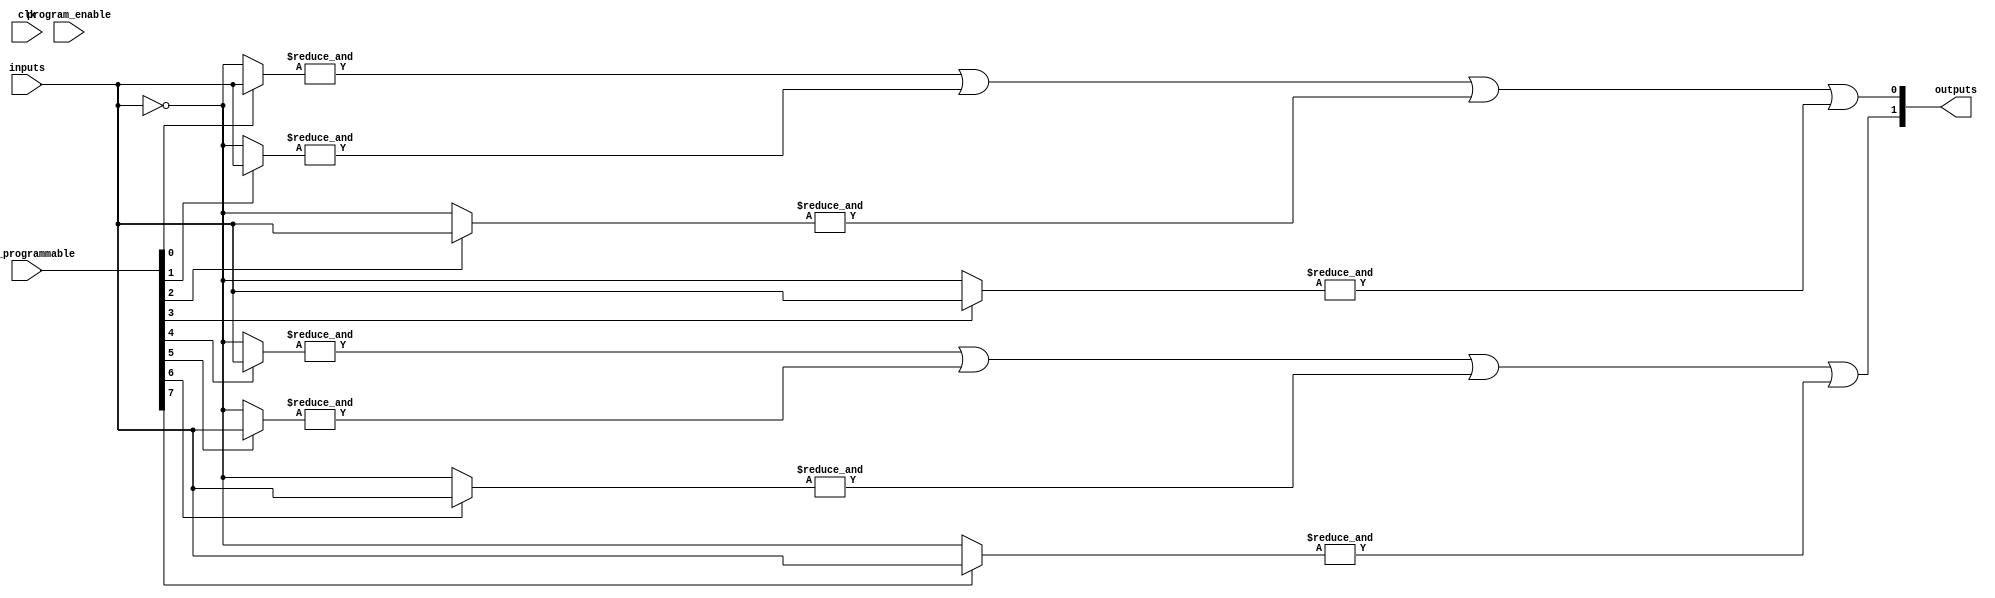
module flash_programmable_pal #(
    parameter NUM_INPUTS = 4, // Number of input lines (A, B, C, D)
    parameter NUM_AND_GATES = 8, // Number of programmable AND gates
    parameter NUM_OUTPUTS = 2 // Number of output lines (Y1, Y2)
)(
    input wire [NUM_INPUTS-1:0] inputs, // Input lines (A, B, C, D)
    input wire [NUM_AND_GATES-1:0] and_programmable, // Programming signals for AND gates
    input wire clk, // Clock signal for programming
    input wire program_enable, // Enable signal for programming
    output reg [NUM_OUTPUTS-1:0] outputs // Output lines (Y1, Y2)
);

    // Internal wires for AND gate outputs
    wire [NUM_AND_GATES-1:0] and_outputs;

    // Generate AND array
    genvar i;
    generate
        for (i = 0; i < NUM_AND_GATES; i = i + 1) begin : and_array
            wire [NUM_INPUTS-1:0] current_inputs;
            assign current_inputs = and_programmable[i] ? inputs : ~inputs; // Invert if programmed

            assign and_outputs[i] = &current_inputs; // AND operation
        end
    endgenerate

    // Fixed OR array (example: 2 outputs from 8 AND gates)
    always @(*) begin
        outputs[0] = and_outputs[0] | and_outputs[1] | and_outputs[2] | and_outputs[3]; // Y1
        outputs[1] = and_outputs[4] | and_outputs[5] | and_outputs[6] | and_outputs[7]; // Y2
    end

    // Control Logic for Programming (basic example)
    always @(posedge clk) begin
        if (program_enable) begin
            // Logic for programming the AND gates should be implemented here
            // This is a placeholder for actual flash programming logic
        end
    end

endmodule